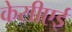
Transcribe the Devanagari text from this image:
केसीएई